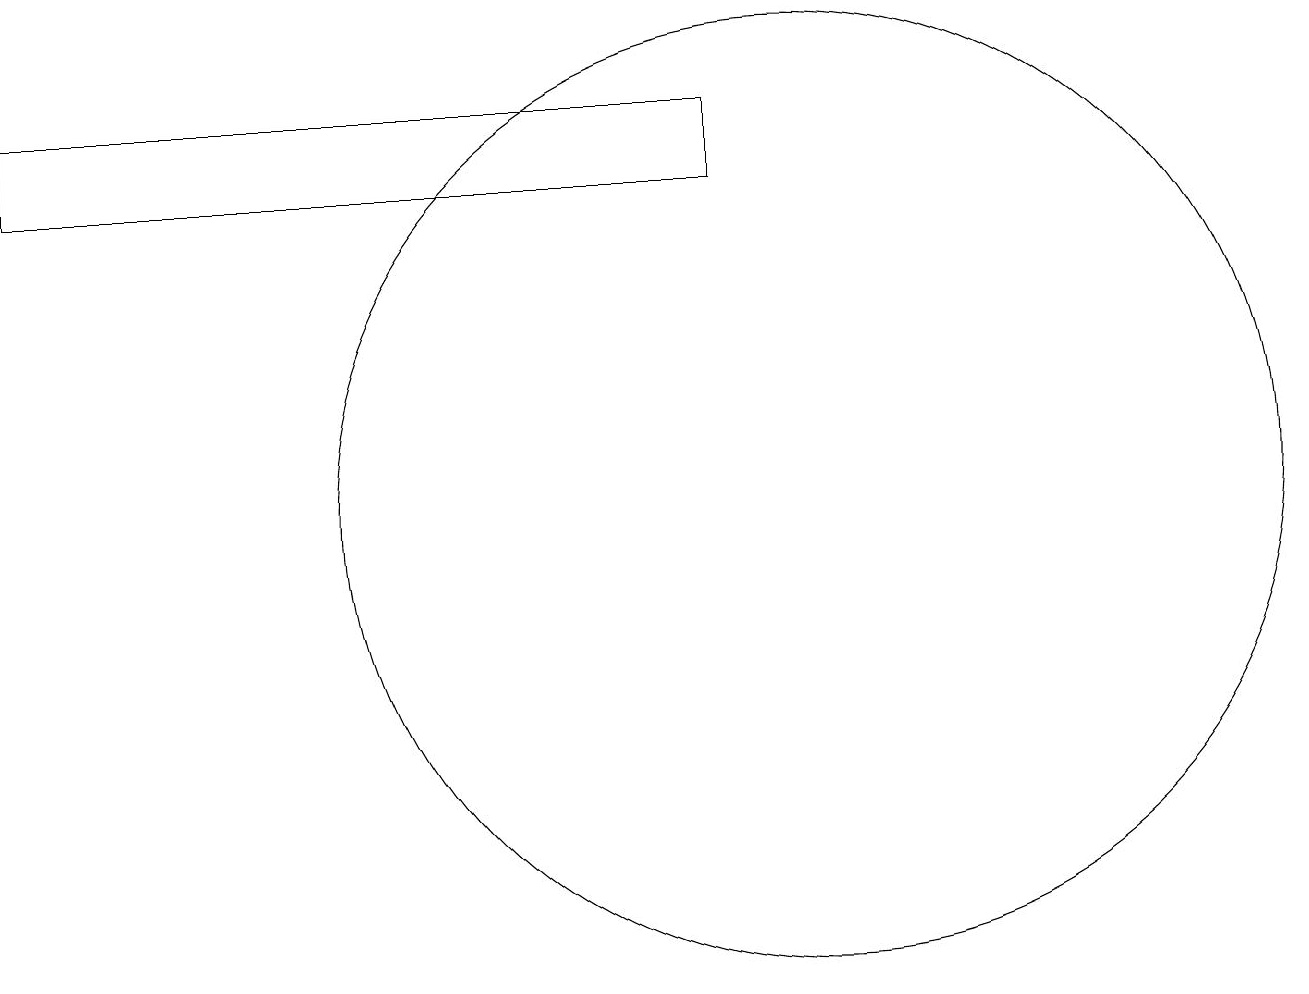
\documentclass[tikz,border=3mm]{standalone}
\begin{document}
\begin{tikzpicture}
\draw (10,10) circle (0);
\draw (0,16) rectangle (9,15);
\draw (10,11) circle (6);
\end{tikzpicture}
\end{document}